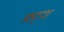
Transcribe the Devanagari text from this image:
फ्रट्श